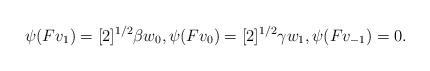
LaTeX: \begin{align*}\psi(F v_1) = [2]^{1/2} \beta w_0, \psi(F v_0) = [2]^{1/2} \gamma w_1, \psi(F v_{-1}) = 0.\end{align*}